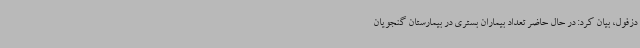
دزفول، بیان کرد: در حال حاضر تعداد بیماران بستری در بیمارستان گنجویان